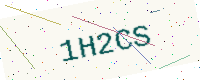
Text: 1H2CS